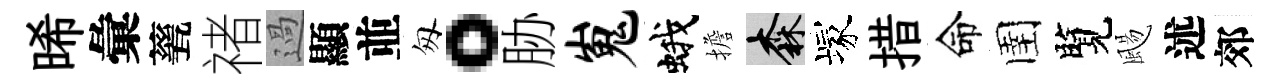
晞彙甆禇過顯並匆。胁嵬蛾擔森塚措命圉覽颺述郊